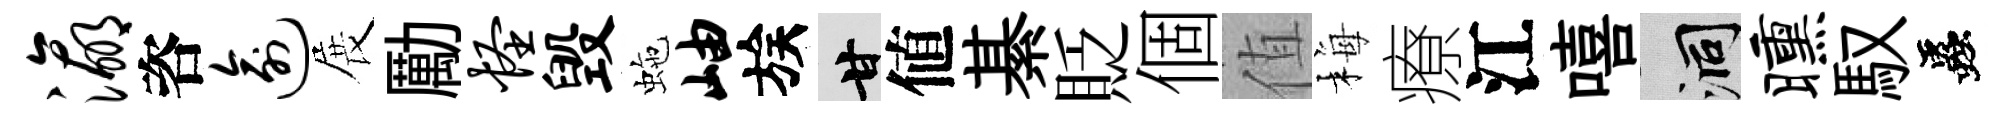
瀛咨逾展勵怪毁虵岫族甘値綦貶個值梅療江嘻洞曛馭蟲